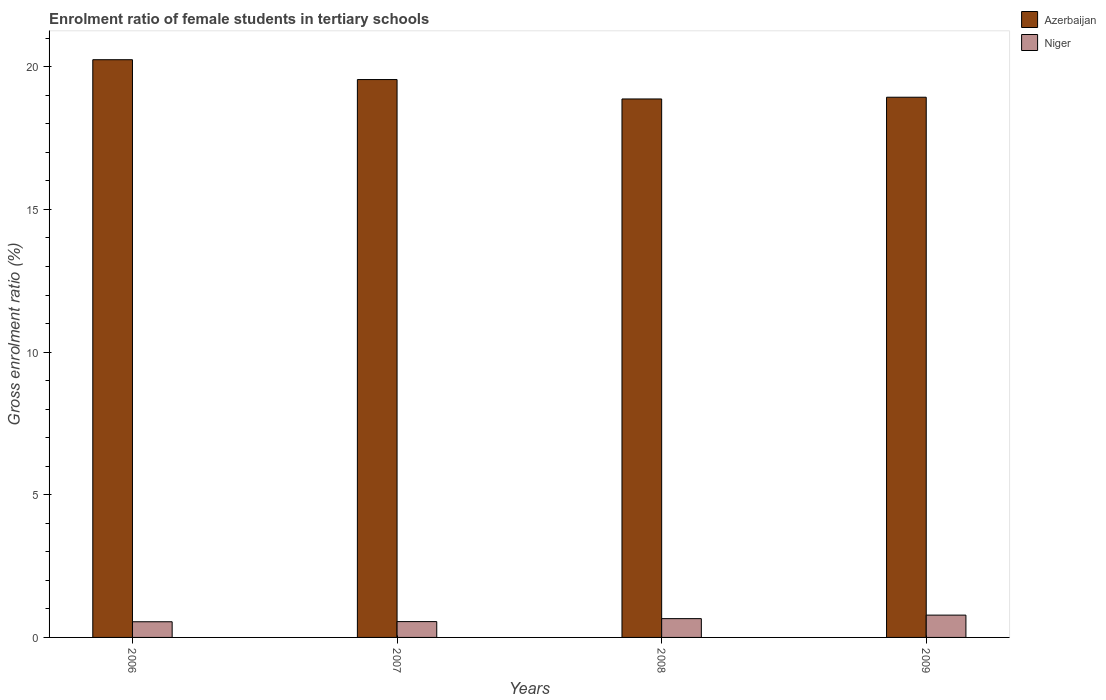
| Years | Azerbaijan | Niger |
 | --- | --- | --- |
 | 2006 | 20.2 | 0.549 |
 | 2007 | 19.6 | 0.554 |
 | 2008 | 18.9 | 0.659 |
 | 2009 | 18.9 | 0.782 |